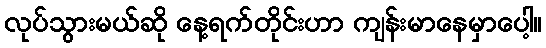
လုပ်သွားမယ်ဆို နေ့ရက်တိုင်းဟာ ကျန်းမာနေမှာပေါ့။